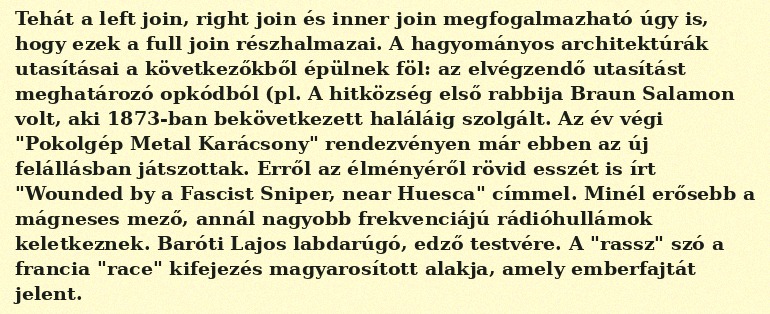
Tehát a left join, right join és inner join megfogalmazható úgy is, hogy ezek a full join részhalmazai. A hagyományos architektúrák utasításai a következőkből épülnek föl: az elvégzendő utasítást meghatározó opkódból (pl. A hitközség első rabbija Braun Salamon volt, aki 1873-ban bekövetkezett haláláig szolgált. Az év végi "Pokolgép Metal Karácsony" rendezvényen már ebben az új felállásban játszottak. Erről az élményéről rövid esszét is írt "Wounded by a Fascist Sniper, near Huesca" címmel. Minél erősebb a mágneses mező, annál nagyobb frekvenciájú rádióhullámok keletkeznek. Baróti Lajos labdarúgó, edző testvére. A "rassz" szó a francia "race" kifejezés magyarosított alakja, amely emberfajtát jelent.